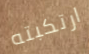
ارتكبته